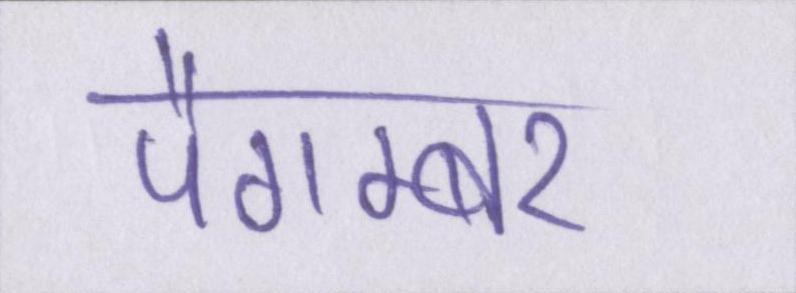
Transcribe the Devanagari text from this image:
पैगम्बर